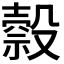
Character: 𣫇